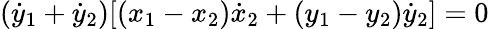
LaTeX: ({\dot{y}}_{1}+{\dot{y}}_{2})[(x_{1}-x_{2}){\dot{x}}_{2}+(y_{1}-y_{2}){\dot{y}}_{2}]=0